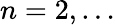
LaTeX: n=2,\ldots